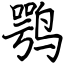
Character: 鹗